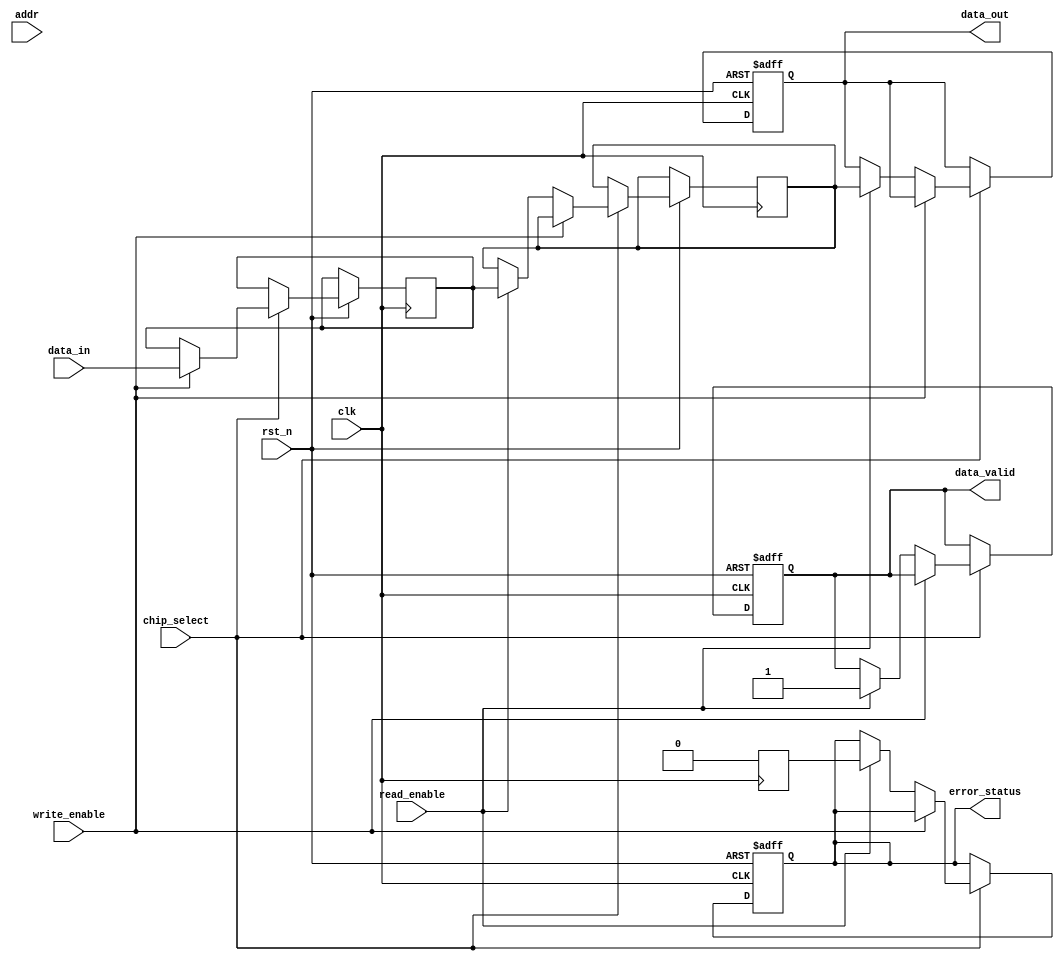
module ecc_dram_io (
    input wire clk,                  // Clock signal
    input wire rst_n,                // Active low reset
    input wire [63:0] data_in,       // Data input from memory controller
    input wire [7:0] addr,           // Address input
    input wire write_enable,          // Write control signal
    input wire read_enable,           // Read control signal
    input wire chip_select,           // Chip select signal
    output reg [63:0] data_out,       // Data output to memory controller
    output reg data_valid,            // Data valid signal
    output reg error_status           // Error status signal
);

    // ECC parameters
    parameter ECC_BITS = 8;          // Number of ECC bits
    reg [63:0] data_buffer;           // Buffer for incoming data
    reg [ECC_BITS-1:0] ecc_buffer;    // Buffer for ECC bits
    reg [63:0] corrected_data;        // Buffer for corrected data
    reg error_detected;               // Flag for error detection

    // ECC encoding function
    function [ECC_BITS-1:0] ecc_encode;
        input [63:0] data;
        // Simple Hamming code example (placeholder for actual ECC encoding logic)
        begin
            ecc_encode = {data[0] ^ data[1] ^ data[2] ^ data[3], // Parity bits
                          data[4] ^ data[5] ^ data[6] ^ data[7],
                          data[8] ^ data[9] ^ data[10] ^ data[11],
                          data[12] ^ data[13] ^ data[14] ^ data[15]};
        end
    endfunction

    // ECC decoding function
    function [63:0] ecc_decode;
        input [63:0] data;
        input [ECC_BITS-1:0] ecc;
        // Simple Hamming code example (placeholder for actual ECC decoding logic)
        begin
            // Check for errors and correct if possible (not fully implemented)
            ecc_decode = data; // Return data as is for now
        end
    endfunction

    // Data Input/Output Logic
    always @(posedge clk or negedge rst_n) begin
        if (!rst_n) begin
            data_out <= 64'b0;
            data_valid <= 1'b0;
            error_status <= 1'b0;
        end else if (chip_select) begin
            if (write_enable) begin
                // Capture incoming data
                data_buffer <= data_in;
                // Generate ECC and store
                ecc_buffer <= ecc_encode(data_buffer);
                // (Write data and ECC to memory, not shown here)
            end else if (read_enable) begin
                // (Read data and ECC from memory, not shown here)
                corrected_data <= ecc_decode(data_buffer, ecc_buffer);
                data_out <= corrected_data;
                data_valid <= 1'b1;
                error_status <= error_detected; // Update error status
            end
        end
    end

    // Error detection logic (simplified)
    always @(posedge clk) begin
        // Implement error detection logic here (not fully implemented)
        // Set error_detected based on ECC check
        error_detected <= 1'b0; // Placeholder
    end

endmodule